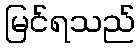
မြင်ရသည်